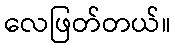
လေဖြတ်တယ်။